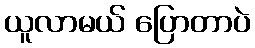
ယူလာမယ် ပြောတာပဲ